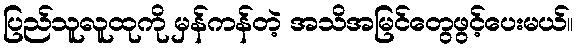
ပြည်သူလူထုကို မှန်ကန်တဲ့ အသိအမြင်တွေဖွင့်ပေးမယ်။